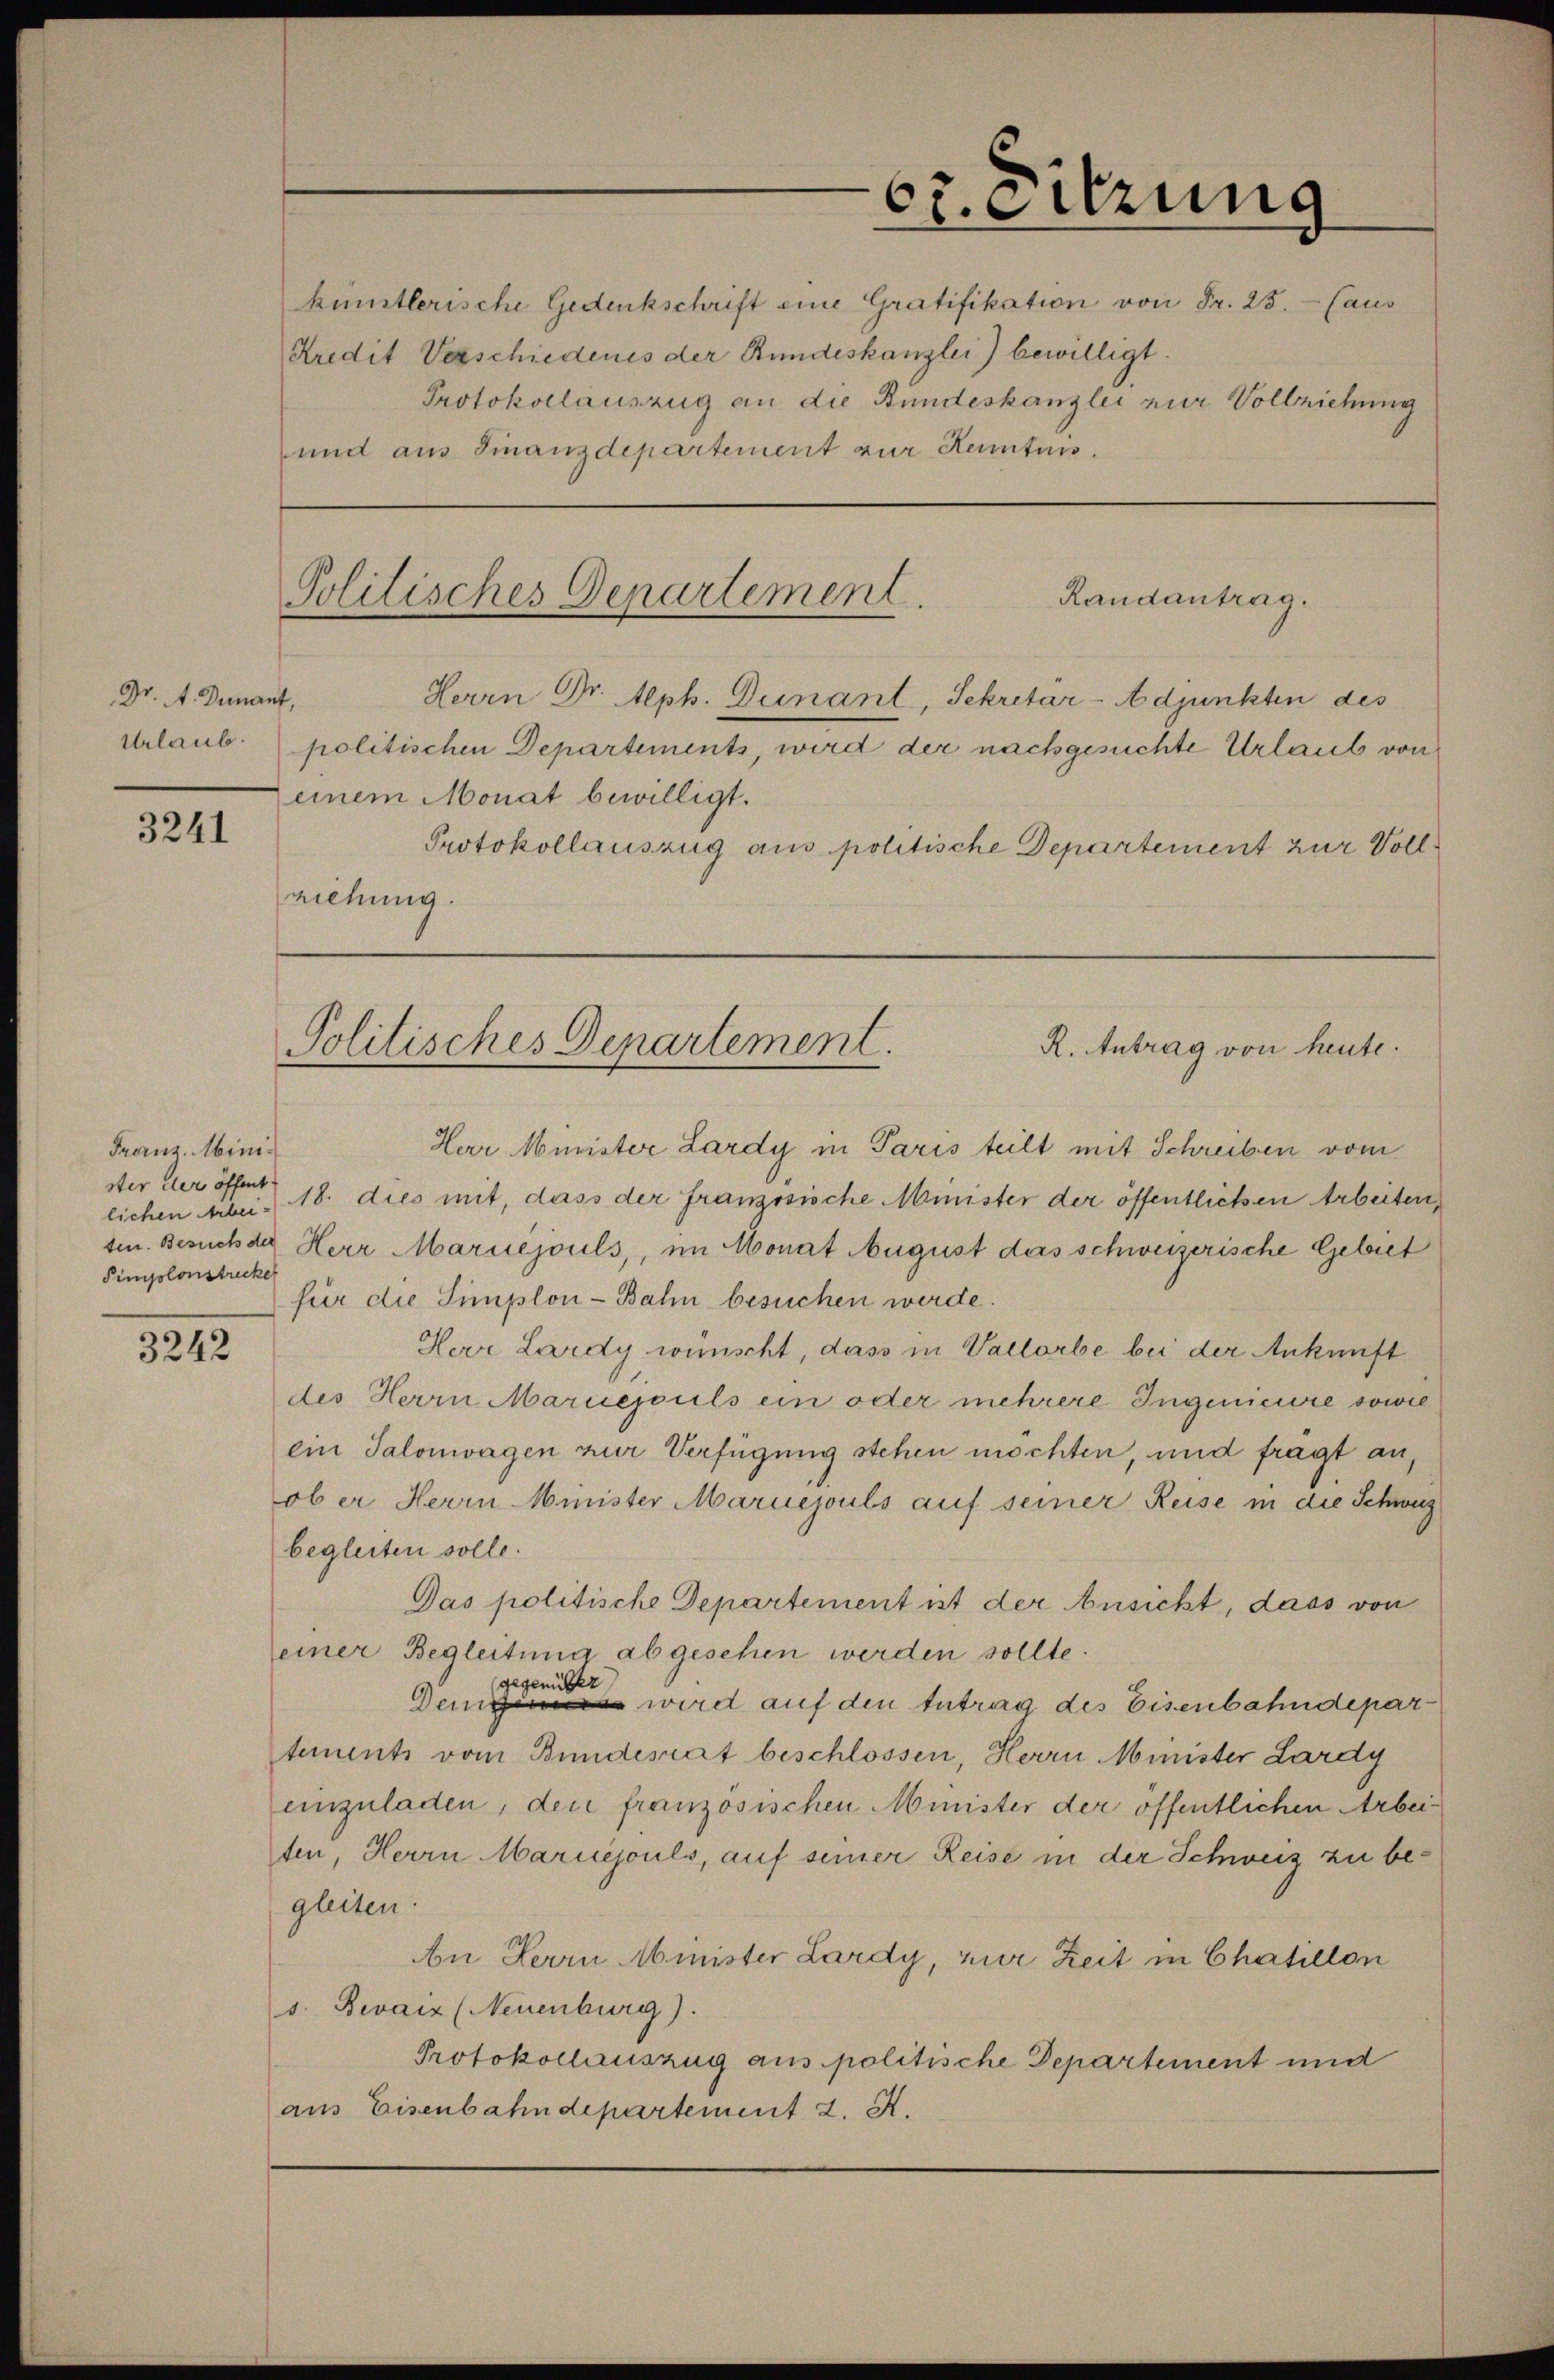
Dr. A. Dunant,
Urlaub.

3241

Franz Minister der öffent
Simplonstrecke

3242

künstlerische Gedenkschrift eine Gratifikation von Fr. 25. (aus
Kredit Verschiedenes der Bundeskanzlei bewilligt.
Protokollauszug an die Bundeskanzlei zur Vollziehung
und aus Finanzdepartement zur Kenntnis.

ct. Sitzung

Randantrag.
Politisches Departement.
Herrn Dr. Alph. Dunant, Sekretär-Adjunkten des
politischen Departements, wird der nachgesuchte Urlaub von
einem Monat bewilligt.
Protokollauszug aus politische Departement zur Vollziehung.

Herr Minister Lardy in Paris teilt mit Schreiben vom
lichen Arbei - 18. dies mit, dass der französische Minister der öffentlichen Arbeiten,
sin. Besuch der Herr Mariejouls, im Monat August das schweizerische Gebiet
für die Simplon-Bahn besuchen werde.
Herr Lardy wünscht, dass in Vallorbe bei der Ankunft
des Herrn Mariepuls ein oder mehrere Ingenieure sowie
ein Salonwagen zur Verfügung stehen möchten, und frägt an,
ob er Herrn Minister Maruejouls auf seiner Reise in die Schweiz
begleiten solle.
Das politische Departement ist der Ansicht, dass von
einer Begleitung abgesehen werden sollte.
gegenüber
Dein wird auf den Antrag des Eisenbahndepar
tements vom Bundesrat beschlossen, Herrn Minister Lardy
einzuladen, den französischen Minister der öffentlichen Arbeiten, Herrn Mariejouls, auf seiner Reise in der Schweiz zu begleiten.
An Herrn Minister Lardy, zur Zeit in Chatillon
s. Bevaiz (Neuenburg).
Protokollauszug aus politische Departement und
aus Eisenbahndepartement 2. A.

R. Antrag von heute.
Politisches Departement.